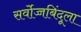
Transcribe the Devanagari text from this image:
सर्वोच्चबिंदूला